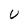
Character: U